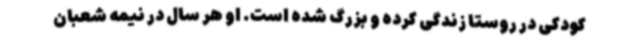
کودکی در روستا زندگی کرده و بزرگ شده است. او هر سال در نیمه شعبان